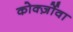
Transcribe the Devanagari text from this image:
कोर्क्ज़ोवा